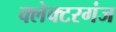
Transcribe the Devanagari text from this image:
क्लेक्टरगंज